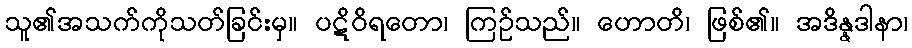
သူ၏အသက်ကိုသတ်ခြင်းမှ။ ပဋိဝိရတော၊ ကြဉ်သည်။ ဟောတိ၊ ဖြစ်၏။ အဒိန္နဒါနာ၊